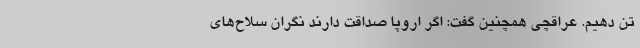
تن دهیم. عراقچی همچنین گفت: اگر اروپا صداقت دارند نگران سلاح‌های